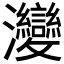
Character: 𤅶